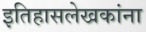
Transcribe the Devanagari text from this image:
इतिहासलेखकांना